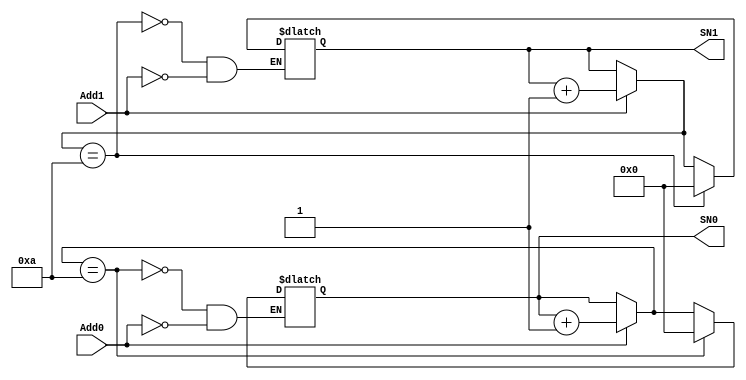
module startsetting(Add0,Add1,SN0,SN1);

	input Add0,Add1;
	output [3:0]SN0,SN1;
	
	wire [3:0]SN0,SN1;
	reg [3:0] TSN0=0, TSN1=0;
	
	always @ (Add0,Add1)
	begin
		if (Add0 == 1) begin
			TSN0 = TSN0 + 1'b1;
			end
		if (Add1 == 1) begin
			TSN1 = TSN1 + 1'b1;
			end
		if (TSN0 == 4'b1010) begin
			TSN0 = 4'b0000;
			end
		if (TSN1 == 4'b1010) begin
			TSN1 = 4'b0000;
			end
	end
	
	assign SN0 = TSN0;
	assign SN1 = TSN1;
	
endmodule